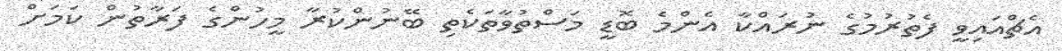
އެޗްއައިވީ ފެތުރުމުގެ ނުރައްކާ އެންމެ ބޮޑީ މަސްތުވާތަކެތި ބޭނުންކުރާ މީހުންގެ ފަރާތުން ކަމަށް